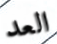
العد